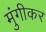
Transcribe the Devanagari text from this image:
मुंगीकर